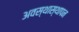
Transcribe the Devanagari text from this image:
अवस्थास्थापन